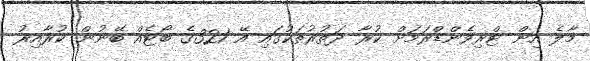
މާލެ އިން ޓްރިވެންޑްރަމަށް ކުރާ ދަތުރުތަކުގައި އޭ 321ގެ ބޯޓެއް ބޭނުން ކުރާއިރު